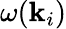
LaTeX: \omega(\mathbf{k}_{i})